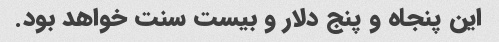
این پنجاه و پنج دلار و بیست سنت خواهد بود.